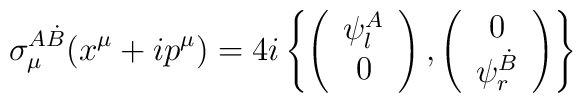
\sigma_{\mu}^{A\dot{B}}(x^{\mu}+ip^{\mu })= 4i\left \{ \left(\begin{array}{c}\psi _{l}^{A}\\0 \end{array}\right),\left( \begin{array}{c}0\\\psi _{r}^{\dot{B} } \end{array} \right)\right\}